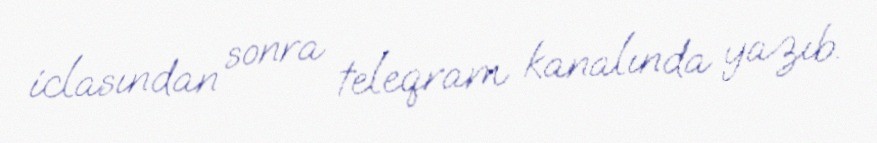
iclasından sonra teleqram kanalında yazıb.